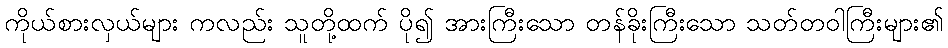
ကိုယ်စားလှယ်များ ကလည်း သူတို့ထက် ပို၍ အားကြီးသော တန်ခိုးကြီးသော သတ်တဝါကြီးများ၏